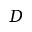
D